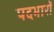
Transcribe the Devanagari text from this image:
पदभारों